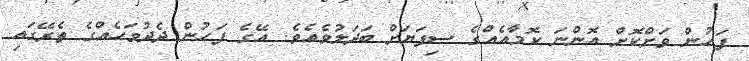
ފަހުން ވަށްކޮށް އޮންނަ ކޮމާއެއްގެ ސިފަޔަށް ބަދަލުވެއެވެ. އޭގެ ފަހުން ދެދުވަހެއްގެ ތެރޭގައި